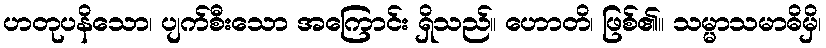
ဟတုပနိသော၊ ပျက်စီးသော အကြောင်း ရှိသည်။ ဟောတိ၊ ဖြစ်၏။ သမ္မာသမာဓိမှိ၊